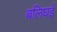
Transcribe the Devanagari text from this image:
बलिघई